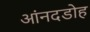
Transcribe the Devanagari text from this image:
आंनदडोह